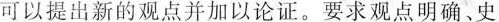
可以提出新的观点并加以论证。要求观点明确、史